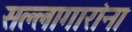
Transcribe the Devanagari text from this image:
सल्लागारांना